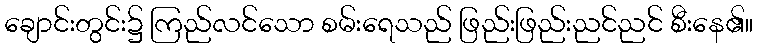
ချောင်းတွင်း၌ ကြည်လင်သော စမ်းရေသည် ဖြည်းဖြည်းညင်ညင် စီးနေ၏။